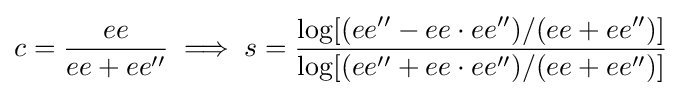
c={\frac {ee}{ee+ee''}}\implies s={\frac {\log[(ee''-ee\cdot ee'')/(ee+ee'')]}{\log[(ee''+ee\cdot ee'')/(ee+ee'')]}}